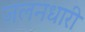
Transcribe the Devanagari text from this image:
जलनधारी